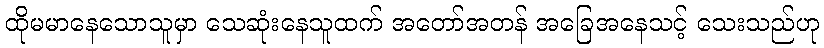
ထိုမမာနေသောသူမှာ သေဆုံးနေသူထက် အတော်အတန် အခြေအနေသင့် သေးသည်ဟု